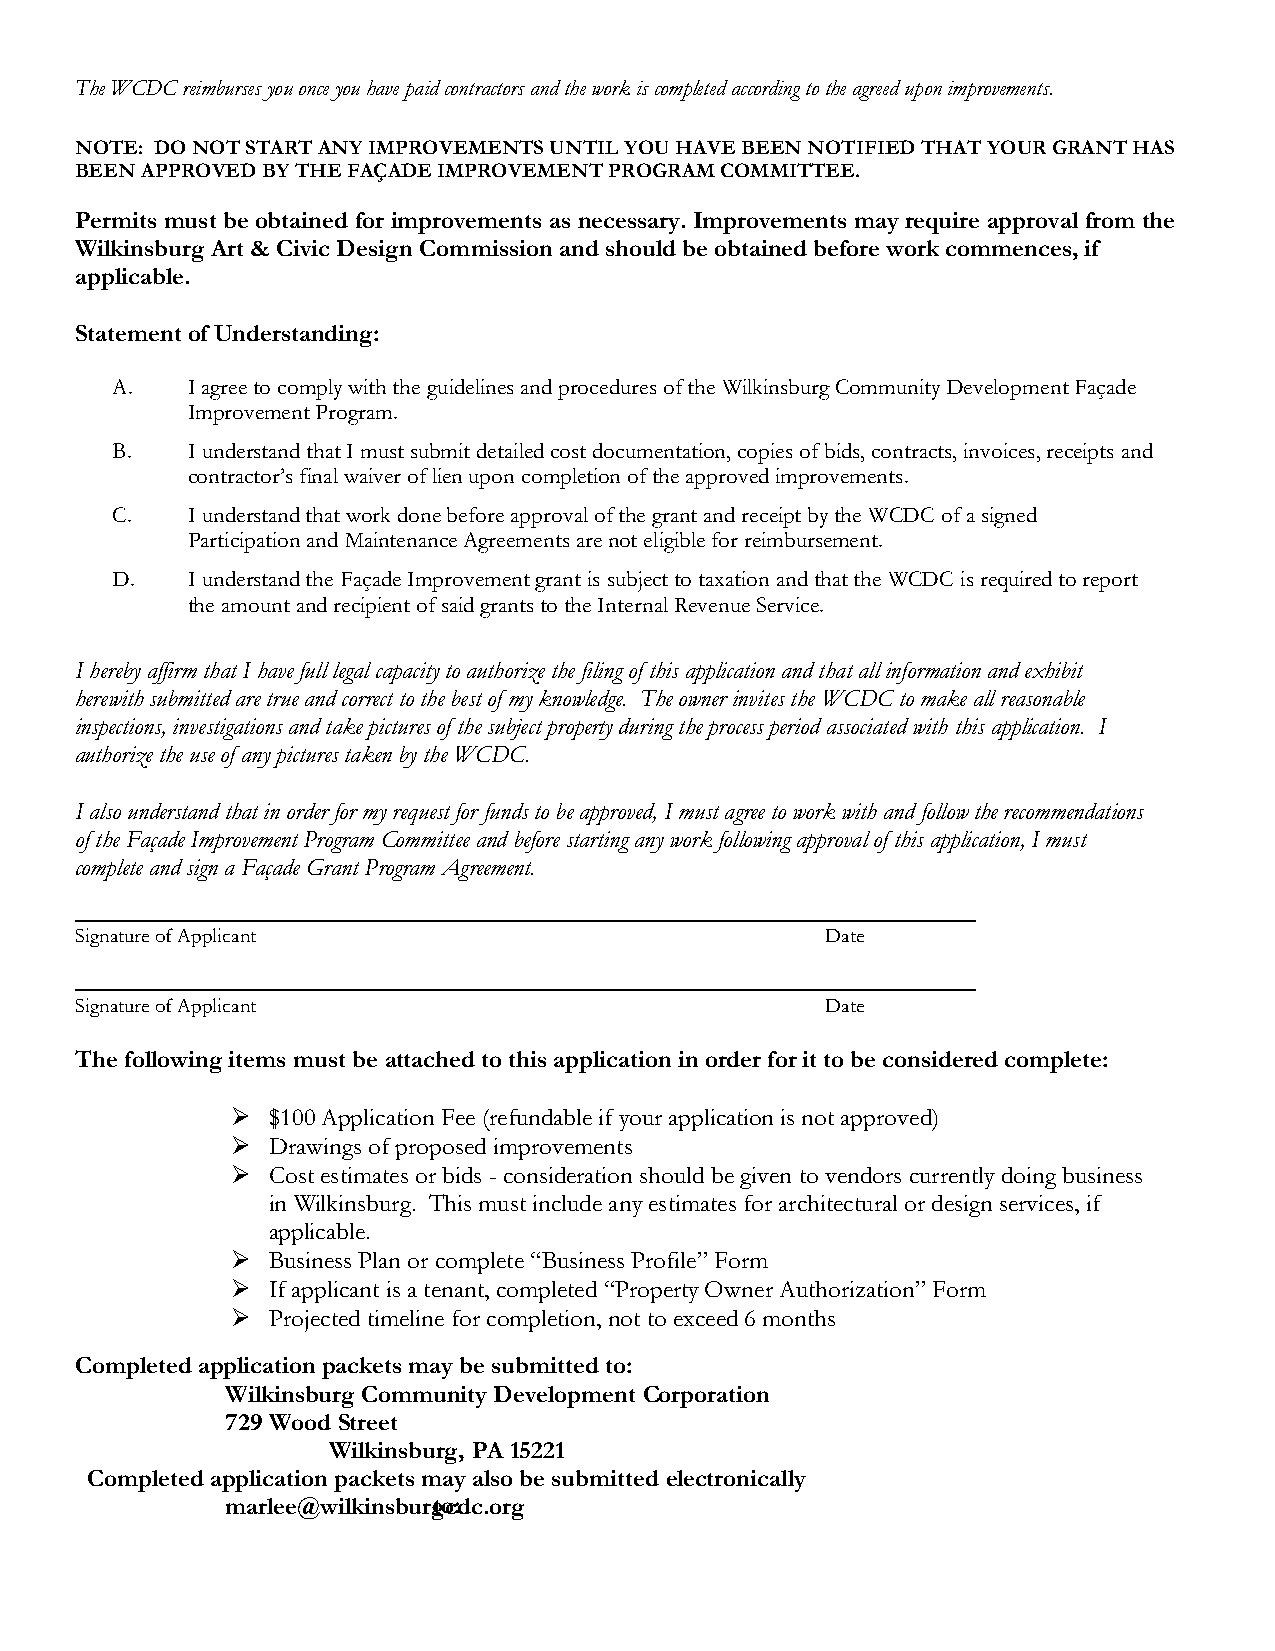
The WCDC reimburses you once you have paid contractors and the work is completed according to the agreed upon improvements.
 NOTE: DO NOT START ANY IMPROVEMENTS UNTIL YOU HAVE BEEN NOTIFIED THAT YOUR GRANT HAS
 BEEN APPROVED BY THE FAÇADE IMPROVEMENT PROGRAM COMMITTEE.
 Permits must be obtained for improvements as necessary. Improvements may require approval from the
 Wilkinsburg Art & Civic Design Commission and should be obtained before work commences, if
 applicable.
 Statement of Understanding:
 A.   I agree to comply with the guidelines and procedures of the Wilkinsburg Community Development Façade
 Improvement Program.
 B.   I understand that I must submit detailed cost documentation, copies of bids, contracts, invoices, receipts and
 contractor’s final waiver of lien upon completion of the approved improvements.
 C.   I understand that work done before approval of the grant and receipt by the WCDC of a signed
 Participation and Maintenance Agreements are not eligible for reimbursement.
 D.   I understand the Façade Improvement grant is subject to taxation and that the WCDC is required to report
 the amount and recipient of said grants to the Internal Revenue Service.
 I hereby affirm that I have full legal capacity to authorize the filing of this application and that all information and exhibit
 herewith submitted are true and correct to the best of my knowledge. The owner invites the WCDC to make all reasonable
 inspections, investigations and take pictures of the subject property during the process period associated with this application. I
 authorize the use of any pictures taken by the WCDC.
 I also understand that in order for my request for funds to be approved, I must agree to work with and follow the recommendations
 of the Façade Improvement Program Committee and before starting any work following approval of this application, I must
 complete and sign a Façade Grant Program Agreement.
 Signature of Applicant                            Date
 Signature of Applicant                            Date
 The following items must be attached to this application in order for it to be considered complete:
   $100 Application Fee (refundable if your application is not approved)
   Drawings of proposed improvements
   Cost estimates or bids - consideration should be given to vendors currently doing business
 in Wilkinsburg. This must include any estimates for architectural or design services, if
 applicable.
   Business Plan or complete “Business Profile” Form
   If applicant is a tenant, completed “Property Owner Authorization” Form
   Projected timeline for completion, not to exceed 6 months
 Completed application packets may be submitted to:
 Wilkinsburg Community Development Corporation
 729 Wood Street
 Wilkinsburg, PA 15221
 Completed application packets may also be submitted electronically
 marlee@wilkinsburgtoc:d c.org